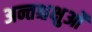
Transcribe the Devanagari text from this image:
अन्तश्चक्षुओं